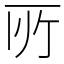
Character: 𫠦